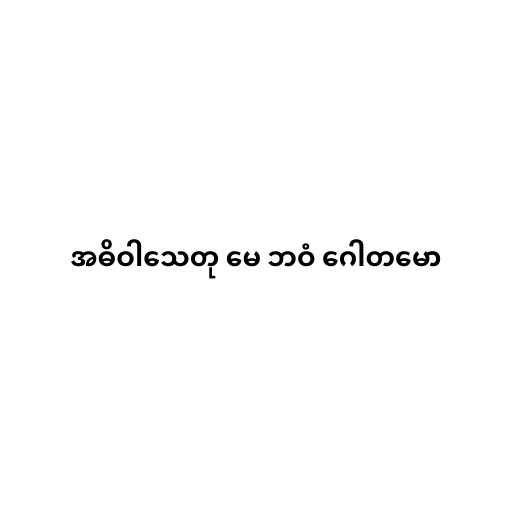
အဓိဝါသေတု မေ ဘဝံ ဂေါတမော